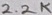
Text: 2.2K